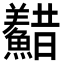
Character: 𩼫